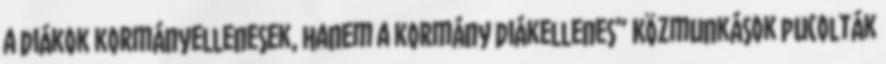
a diákok kormányellenesek, hanem a kormány diákellenes” Közmunkások pucolták